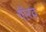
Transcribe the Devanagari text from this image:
गॉरव